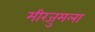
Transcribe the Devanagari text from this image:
मीरजुमला